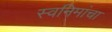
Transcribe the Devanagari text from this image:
स्वनिमांचा